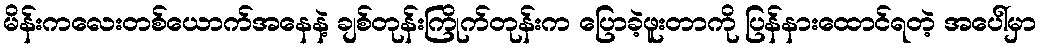
မိန်းကလေးတစ်ယောက်အနေနဲ့ ချစ်တုန်းကြိုက်တုန်းက ပြောခဲ့ဖူးတာကို ပြန်နားထောင်ရတဲ့ အပေါ်မှာ